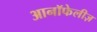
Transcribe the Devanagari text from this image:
आनॉफेलीज़